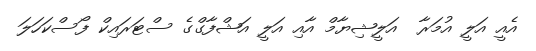
އެއީ އަލީ އުމަރާ  އަލީޝިޔާމް އާއި އަލީ އަޝްފާގްގެ ސްޓަރައިކް ފޯސްކަހަލަ